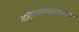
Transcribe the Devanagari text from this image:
वाखाणण्यासारखा